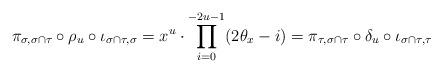
LaTeX: \begin{align*}\pi_{\sigma, \sigma\cap \tau} \circ \rho_u \circ \iota_{\sigma \cap \tau, \sigma} = x^{u} \cdot \prod\limits_{i=0}^{-2u-1} (2\theta_x-i)= \pi_{\tau, \sigma\cap \tau} \circ \delta_u \circ \iota_{\sigma \cap \tau, \tau}\end{align*}